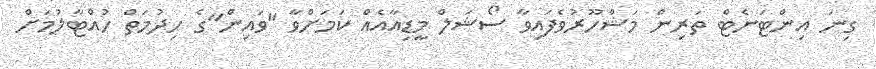
ގިނަ އިންޓަނެޓް ތަރިން މަޝްހޫރުވެފައިވާ ސޯޝަލް މީޑިއާއެއް ކަމަށްވާ "ވައިން"ގެ ހިދުމަތް ހުއްޓާލުމަށް